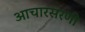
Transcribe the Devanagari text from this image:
आचारसरणी